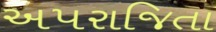
અપરાજિતા